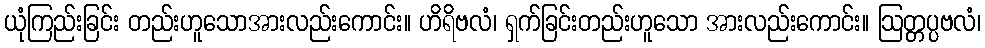
ယုံကြည်းခြင်း တည်းဟူသောအားလည်းကောင်း။ ဟိရိဗလံ၊ ရှက်ခြင်းတည်းဟူသော အားလည်းကောင်း။ ဩတ္တပ္ပဗလံ၊